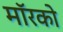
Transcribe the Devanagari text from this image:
मॉरको